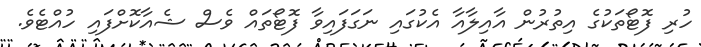
ހުރި ފޮޓޯތަކުގެ އިތުރުން އާއިލާއާ އެކުގައި ނަގަފައިވާ ފޮޓޯތައް ވެސް ޝެއާކޮށްފައި ހުއްޓެވެ.